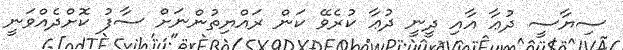
ސިޔާސީ ދުޢާ އާއި ދީނީ ދުޢާ ކުރެވޭ ކަން ރައްޔިތުންނަށް ސާފު ކޮށްދެއްވަނީ